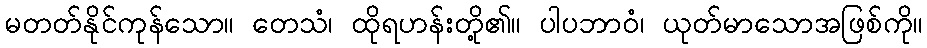
မတတ်နိုင်ကုန်သော။ တေသံ၊ ထိုရဟန်းတို့၏။ ပါပဘာဝံ၊ ယုတ်မာသောအဖြစ်ကို။